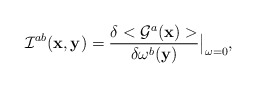
\begin{align*}{\cal I}^{ab}({\bf x}, {\bf y}) = \frac{\delta < {\cal G}^a({\bf x})>}{\delta \omega^b({\bf y})} \big\vert_{\omega=0},\end{align*}